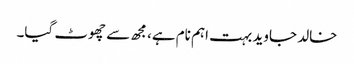
خالد جاوید بہت اہم نام ہے، مجھ سے چھوٹ گیا۔